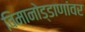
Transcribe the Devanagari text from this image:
विमानोड्डाणांवर